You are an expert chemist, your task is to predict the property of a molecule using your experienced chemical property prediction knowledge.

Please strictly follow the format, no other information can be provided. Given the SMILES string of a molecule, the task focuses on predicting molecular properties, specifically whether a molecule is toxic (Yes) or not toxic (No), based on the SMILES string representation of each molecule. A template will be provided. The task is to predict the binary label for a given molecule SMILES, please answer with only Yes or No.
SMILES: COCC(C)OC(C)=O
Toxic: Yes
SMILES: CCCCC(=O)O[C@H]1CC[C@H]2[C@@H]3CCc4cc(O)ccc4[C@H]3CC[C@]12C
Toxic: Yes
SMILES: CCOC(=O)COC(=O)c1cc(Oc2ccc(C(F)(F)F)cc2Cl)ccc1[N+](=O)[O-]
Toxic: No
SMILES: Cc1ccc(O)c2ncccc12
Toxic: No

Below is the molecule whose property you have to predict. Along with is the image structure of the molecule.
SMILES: N[C@H](C(=O)O)c1ccc(O)cc1
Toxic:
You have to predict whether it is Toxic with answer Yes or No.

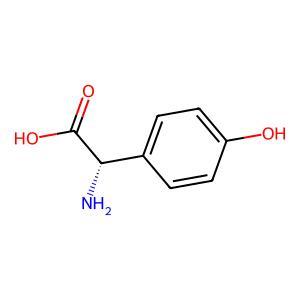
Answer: No